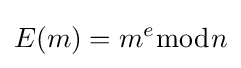
E(m)=m^{e}{\bmod {n}}